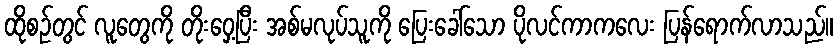
ထိုစဉ်တွင် လူတွေကို တိုးဝှေ့ပြီး အစ်မလုပ်သူကို ပြေးခေါ်သော ပိုလင်ကာကလေး ပြန်ရောက်လာသည်။